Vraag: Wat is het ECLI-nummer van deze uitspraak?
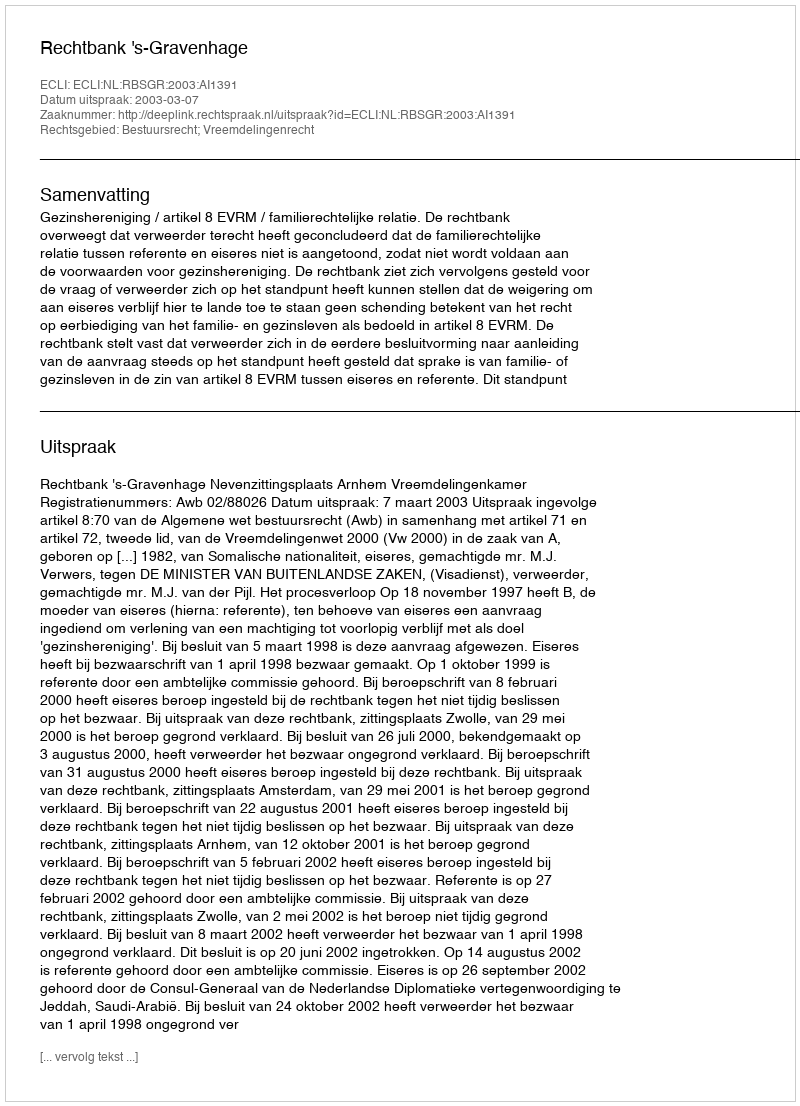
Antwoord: ECLI:NL:RBSGR:2003:AI1391